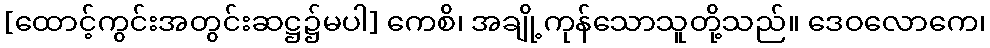
[ထောင့်ကွင်းအတွင်းဆဋ္ဌ၌မပါ] ကေစိ၊ အချို့ကုန်သောသူတို့သည်။ ဒေဝလောကေ၊